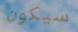
سيكون